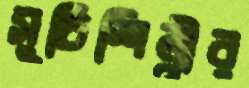
সুচিশিল্পীর